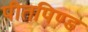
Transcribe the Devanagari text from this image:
पीतपिण्ड